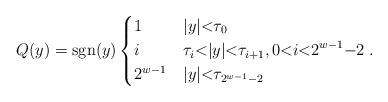
LaTeX: \begin{align*}Q(y)=\operatorname{sgn}(y)\begin{dcases}1 & |y|{<}\tau_{0}\\i & \tau_{i}{<}|y|{<}\tau_{i+1}, 0{<}i{<}2^{w-1}{-}2\\2^{w-1} & |y|{<}\tau_{2^{w-1}-2} \end{dcases}.\end{align*}